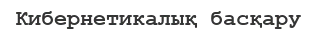
Кибернетикалық басқару